Civil Veterinary Dept. North-West Frontier Province 1901-22 - 1901-1922
Year: 1901
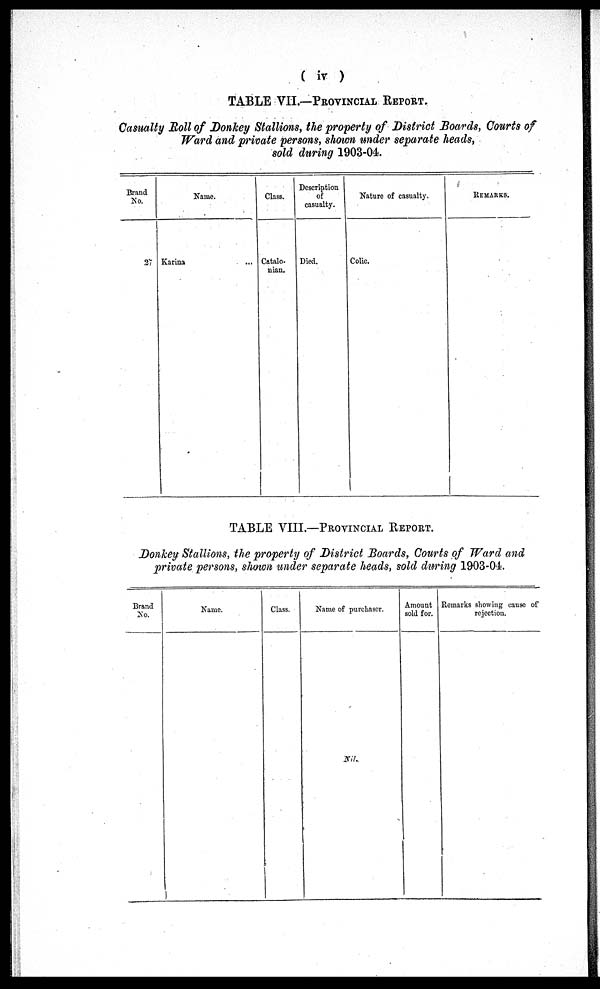
(iv)
TABLE VII.—PROVINCIAL REPORT.
Casualty Boll of Donkey Stallions, the property of District Boards, Courts of
Ward and private persons, shown under separate heads,
sold during 1903-04.
Brand
No.
27
Name.
Karina ...
Class.
Catalo-
nian.
Description
of
casualty.
Died.
Nature of casualty.
Colic.
REMARKS.
TABLE VIII.—PROVINCIAL REPORT.
Donkey Stallions, the property of District Boards, Courts of Ward and
private persons, shown under separate heads, sold during 1903-04.
Brand
No.
Name.
Class.
Name of purchaser.
Nil.
Amount
sold for.
Remarks showing cause of
rejection.